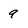
Character: 9